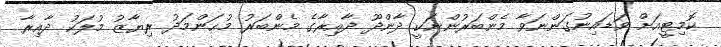
ކޮމިޓީއަށް ވަޑައިނުގަންނަވާ މެންބަރުންނަކީ ދާންދޫ ދާއިރާގެ މެންބަރު މުޙަންމަދު ރިޔާޒު މުލަކު ދާއިރާ